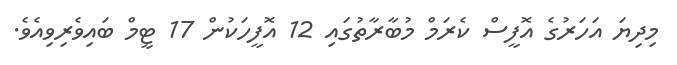
މިދިޔަ އަހަރުގެ އޮފީސް ކެރަމް މުބާރާތުގައި 12 އޮފީހަކުން 17 ޓީމް ބައިވެރިވިއެވެ.